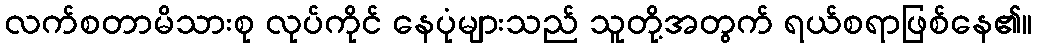
လက်စတာမိသားစု လုပ်ကိုင် နေပုံများသည် သူတို့အတွက် ရယ်စရာဖြစ်နေ၏။